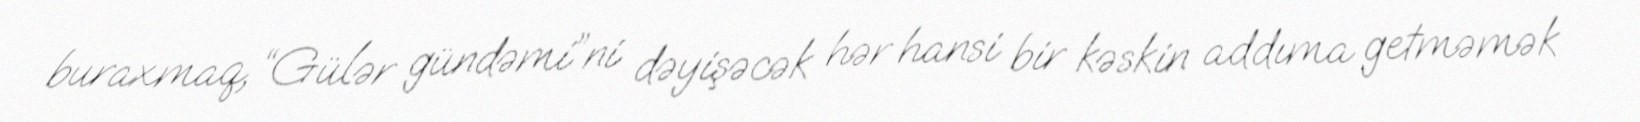
buraxmaq, “Gülər gündəmi”ni dəyişəcək hər hansi bir kəskin addıma getməmək